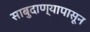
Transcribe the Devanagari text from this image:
साबुदाण्यापासून